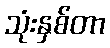
သုံးနှစ်တာ